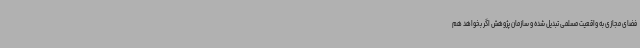
فضای مجازی به واقعیت مسلمی تبدیل شده و سازمان پژوهش اگر بخواهد هم